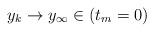
LaTeX: \begin{align*}y_k\to y_\infty\in (t_m= 0)\end{align*}